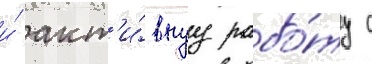
и́ акт'и́внуу рабо́ту с